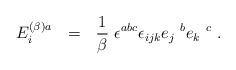
LaTeX: \begin{align*}E_i^{(\beta) a}~~=~~\frac{1}{\beta}~\epsilon^{abc} \epsilon_{ijk} e_j~^be_k~^c~. \end{align*}